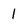
Character: 1